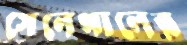
সেনেগালের